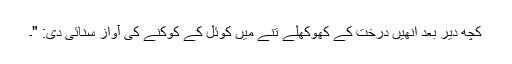
کچھ دیر بعد انھیں درخت کے کھوکھلے تنے میں کوئل کے کوکنے کی آواز سنائی دی: "۔